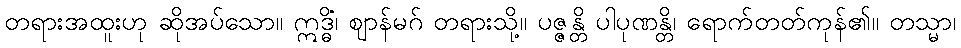
တရားအထူးဟု ဆိုအပ်သော။ ဣဒ္ဓိံ၊ ဈာန်မဂ် တရားသို့။ ပဇ္ဇန္တိ ပါပုဏန္တိ၊ ရောက်တတ်ကုန်၏။ တသ္မာ၊